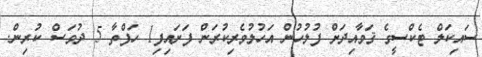
ސައިކަލް ޓެކްސީގެ ޤަވާއިދަށް ފުލުހުން އަހުލުވެރިކުރަން ފަށައިފި1 ހަފްތާ 5 ދުވަސް ކުރިން.